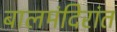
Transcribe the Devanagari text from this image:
बालमंदिरांत